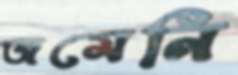
জমেনি